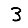
Digit: 3